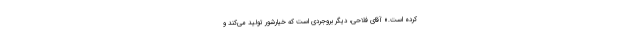
کرده است.» آقای فلاحی، دیگر بروجردی است که خیارشور تولید می‌کند و